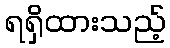
ရရှိထားသည့်